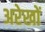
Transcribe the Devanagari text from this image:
अरेखों